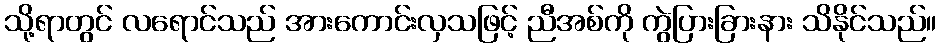
သို့ရာတွင် လရောင်သည် အားကောင်းလှသဖြင့် ညီအစ်ကို ကွဲပြားခြားနား သိနိုင်သည်။